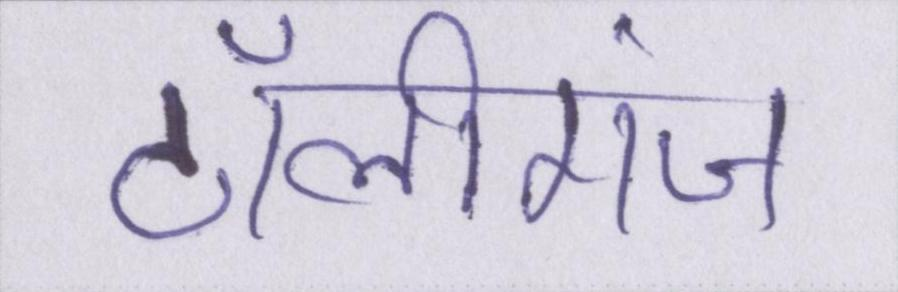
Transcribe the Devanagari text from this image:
टॉलीगंज